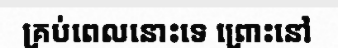
គ្រប់ពេលនោះទេ ព្រោះនៅ